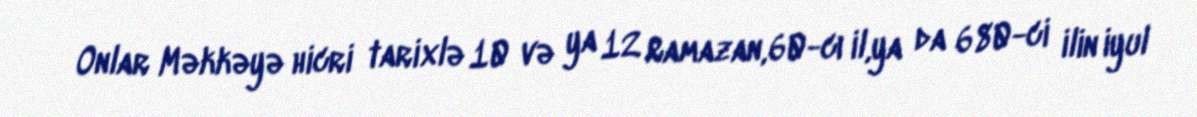
Onlar Məkkəyə hicri tarixlə 10 və ya 12 Ramazan,60-cı il,ya da 680-ci ilin iyul